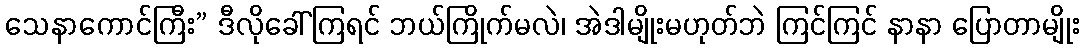
သေနာကောင်ကြီး” ဒီလိုခေါ်ကြရင် ဘယ်ကြိုက်မလဲ၊ အဲဒါမျိုးမဟုတ်ဘဲ ကြင်ကြင် နာနာ ပြောတာမျိုး